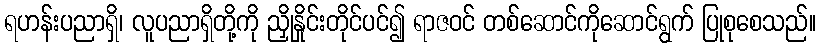
ရဟန်းပညာရှိ၊ လူပညာရှိတို့ကို ညှိုနှိုင်းတိုင်ပင်၍ ရာဇဝင် တစ်ဆောင်ကိုဆောင်ရွက် ပြုစုစေသည်။